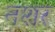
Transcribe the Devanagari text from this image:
नशर